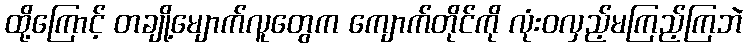
ထို့ကြောင့် တချို့မျောက်လူတွေက ကျောက်တိုင်ကို လုံးဝလှည့်မကြည့်ကြဘဲ